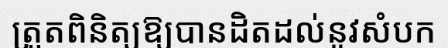
ត្រួតពិនិត្យឱ្យបានដិតដល់នូវសំបក